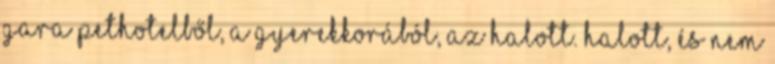
Gara Pethotelből, a gyerekkorából, az halott. Halott, és nem